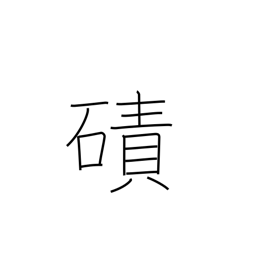
Meaning: expanse of sand